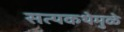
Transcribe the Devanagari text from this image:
सत्यकथेमुळे